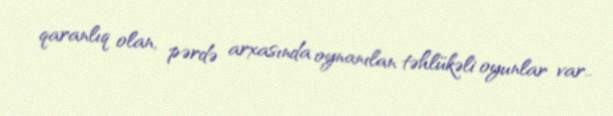
qaranlıq olan, pərdə arxasında oynanılan təhlükəli oyunlar var..